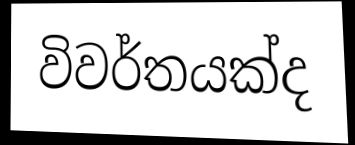
විවර්තයක්ද